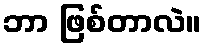
ဘာ ဖြစ်တာလဲ။